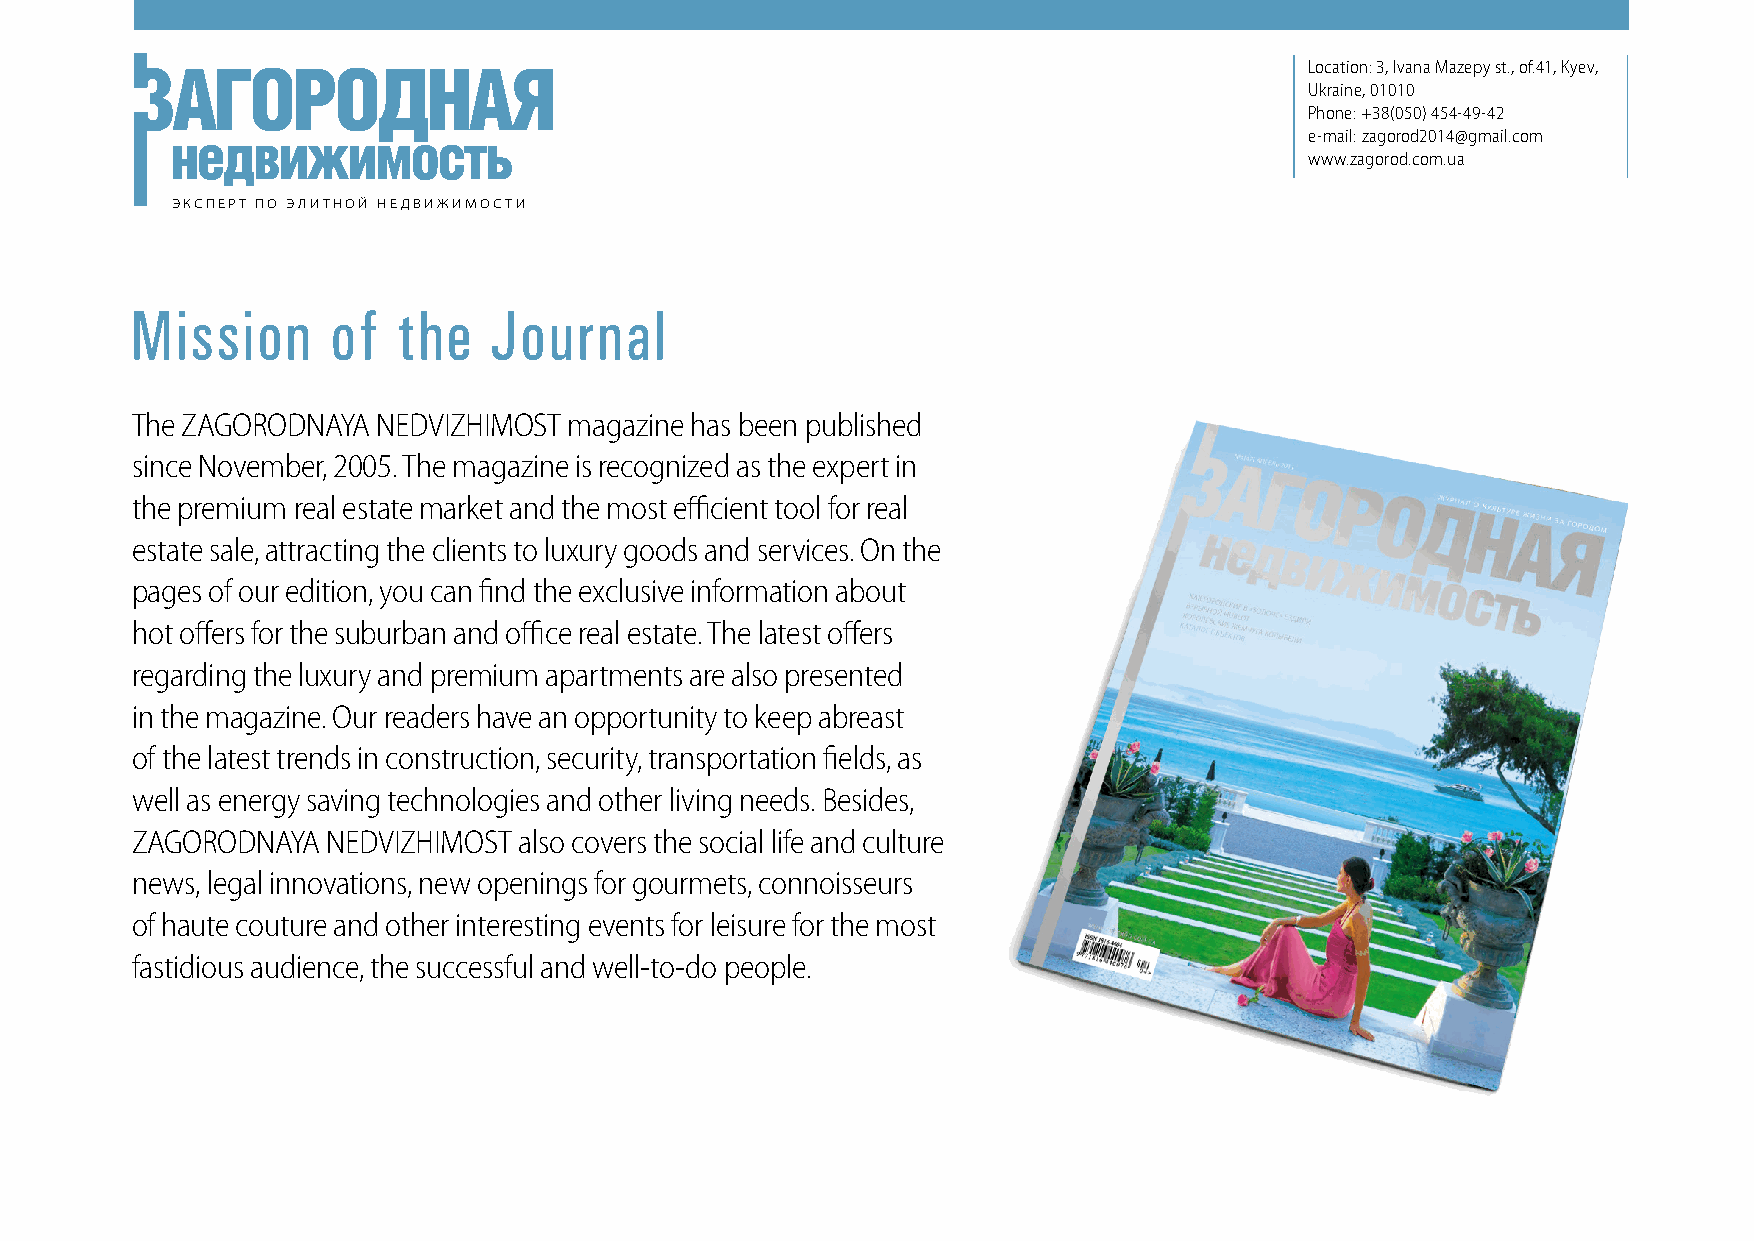
Location: 3, Ivana Mazepy st., of.41, Kyev,
 Ukraine, 01010
 Phone: +38(050) 454-49-42
 e-mail: zagorod2014@gmail.com
 www.zagorod.com.ua
 ЭКСПЕРТ ПО ЭЛИТНОЙ НЕДВИЖИМОСТИ
 Mission      of  the   Journal
 The ZAGORODNAYA NEDVIZHIMOST magazine has been published
 since November, 2005. The magazine is recognized as the expert in
 the premium real estate market and the most efficient tool for real
 estate sale, attracting the clients to luxury goods and services. On the
 pages of our edition, you can find the exclusive information about
 hot offers for the suburban and office real estate. The latest offers
 regarding the luxury and premium apartments are also presented
 in the magazine. Our readers have an opportunity to keep abreast
 of the latest trends in construction, security, transportation fields, as
 well as energy saving technologies and other living needs. Besides,
 ZAGORODNAYA  NEDVIZHIMOST also covers the social life and culture
 news, legal innovations, new openings for gourmets, connoisseurs
 of haute couture and other interesting events for leisure for the most
 fastidious audience, the successful and well-to-do people.